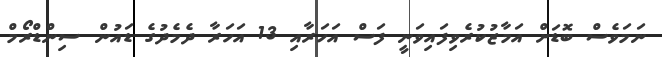
ނަމަވެސް ބޮޑަށް އަމާޒުކުރެވިފައިވަނީ ފަސް އަހަރާއި 13 އަހަރާ ދެމެދުގެ ޑައުން ސިންޑްރޯމް